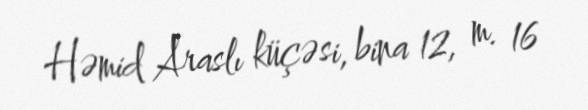
Həmid Araslı küçəsi, bina 12, m. 16